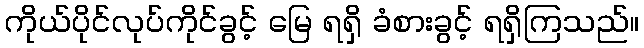
ကိုယ်ပိုင်လုပ်ကိုင်ခွင့် မြေ ရရှိ ခံစားခွင့် ရရှိကြသည်။